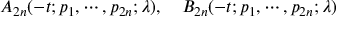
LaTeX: A _ { 2 n } ( - t ; p _ { 1 } , \cdots , p _ { 2 n } ; \lambda ) , \quad B _ { 2 n } ( - t ; p _ { 1 } , \cdots , p _ { 2 n } ; \lambda )